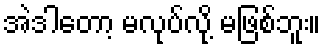
အဲဒါတော့ မလုပ်လို့ မဖြစ်ဘူး။